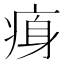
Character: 𤶴